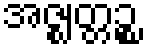
အဇ္ဈတ္တဉ္စ